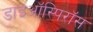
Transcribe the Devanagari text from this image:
डाइऑस्पिरॉस